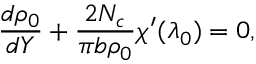
{ \frac { d \rho _ { 0 } } { d Y } } + { \frac { 2 N _ { c } } { \pi b \rho _ { 0 } } } \chi ^ { \prime } ( \lambda _ { 0 } ) = 0 ,